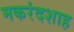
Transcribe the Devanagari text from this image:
मकरंदशाह